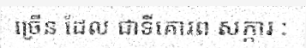
ច្រើន ដែល ជាទីគោរព សក្ការ :